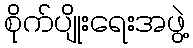
စိုက်ပျိုးရေးအဖွဲ့